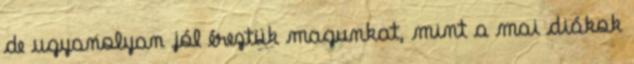
de ugyanolyan jól éreztük magunkat, mint a mai diákok